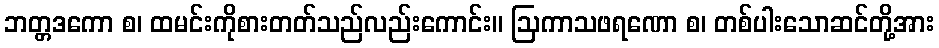
ဘတ္တဒကော စ၊ ထမင်းကိုစားတတ်သည်လည်းကောင်း။ ဩကာသဖရဏော စ၊ တစ်ပါးသောဆင်တို့အား